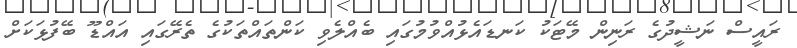
ރައީސް ނަޝީދުގެ ރަނިން މޭޓަކު ކަނޑައެޅުއްވުމުގައި ބެއްލެވި ކަންތައްތަކުގެ ތެރޭގައި އައްޑޫ ބޭފުޅަކަށް